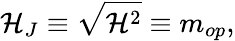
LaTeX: {\cal H}_{J}\equiv\sqrt{{\cal H}^{2}}\equiv m_{op},